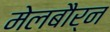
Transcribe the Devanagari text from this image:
मेलबौर्न